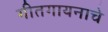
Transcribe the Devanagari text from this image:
गीतगायनाचे